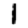
Digit: 1